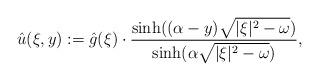
LaTeX: \begin{align*}\hat u (\xi, y) := \hat g(\xi) \cdot \frac{\sinh((\alpha - y) \sqrt{|\xi|^2 - \omega})}{\sinh(\alpha \sqrt{|\xi|^2 - \omega})} , \end{align*}